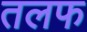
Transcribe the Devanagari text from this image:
तलफ